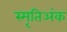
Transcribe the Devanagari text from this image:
स्मृतिअंक